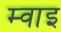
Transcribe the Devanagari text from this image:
म्वाइ